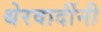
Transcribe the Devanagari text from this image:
थेरवादींनी